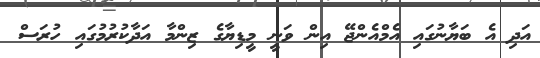
އަދި އެ ބަޔާނުގައި އެމްއެންޖޭ އިން ވަނީ މީޑިޔާގެ ޒިންމާ އަދާކުރުމުގައި ހުރަސް